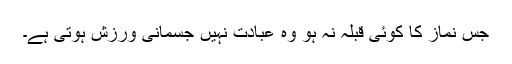
جس نماز کا کوئی قبلہ نہ ہو وہ عبادت نہیں جسمانی ورزش ہوتی ہے۔